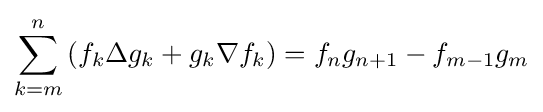
\sum _{k=m}^{n}\left(f_{k}\Delta g_{k}+g_{k}\nabla f_{k}\right)=f_{n}g_{n+1}-f_{m-1}g_{m}